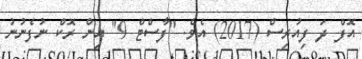
އޮފް ދަ ފިއުރިސް (2017) އެވެ. "ފާސްޓް 9" އިން ރޮކް ނުފެނުނު